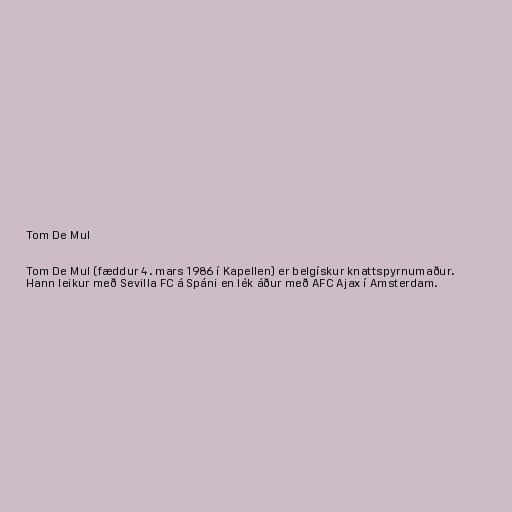
Tom De Mul

Tom De Mul (fæddur 4. mars 1986 í Kapellen) er belgískur knattspyrnumaður.
Hann leikur með Sevilla FC á Spáni en lék áður með AFC Ajax í Amsterdam.